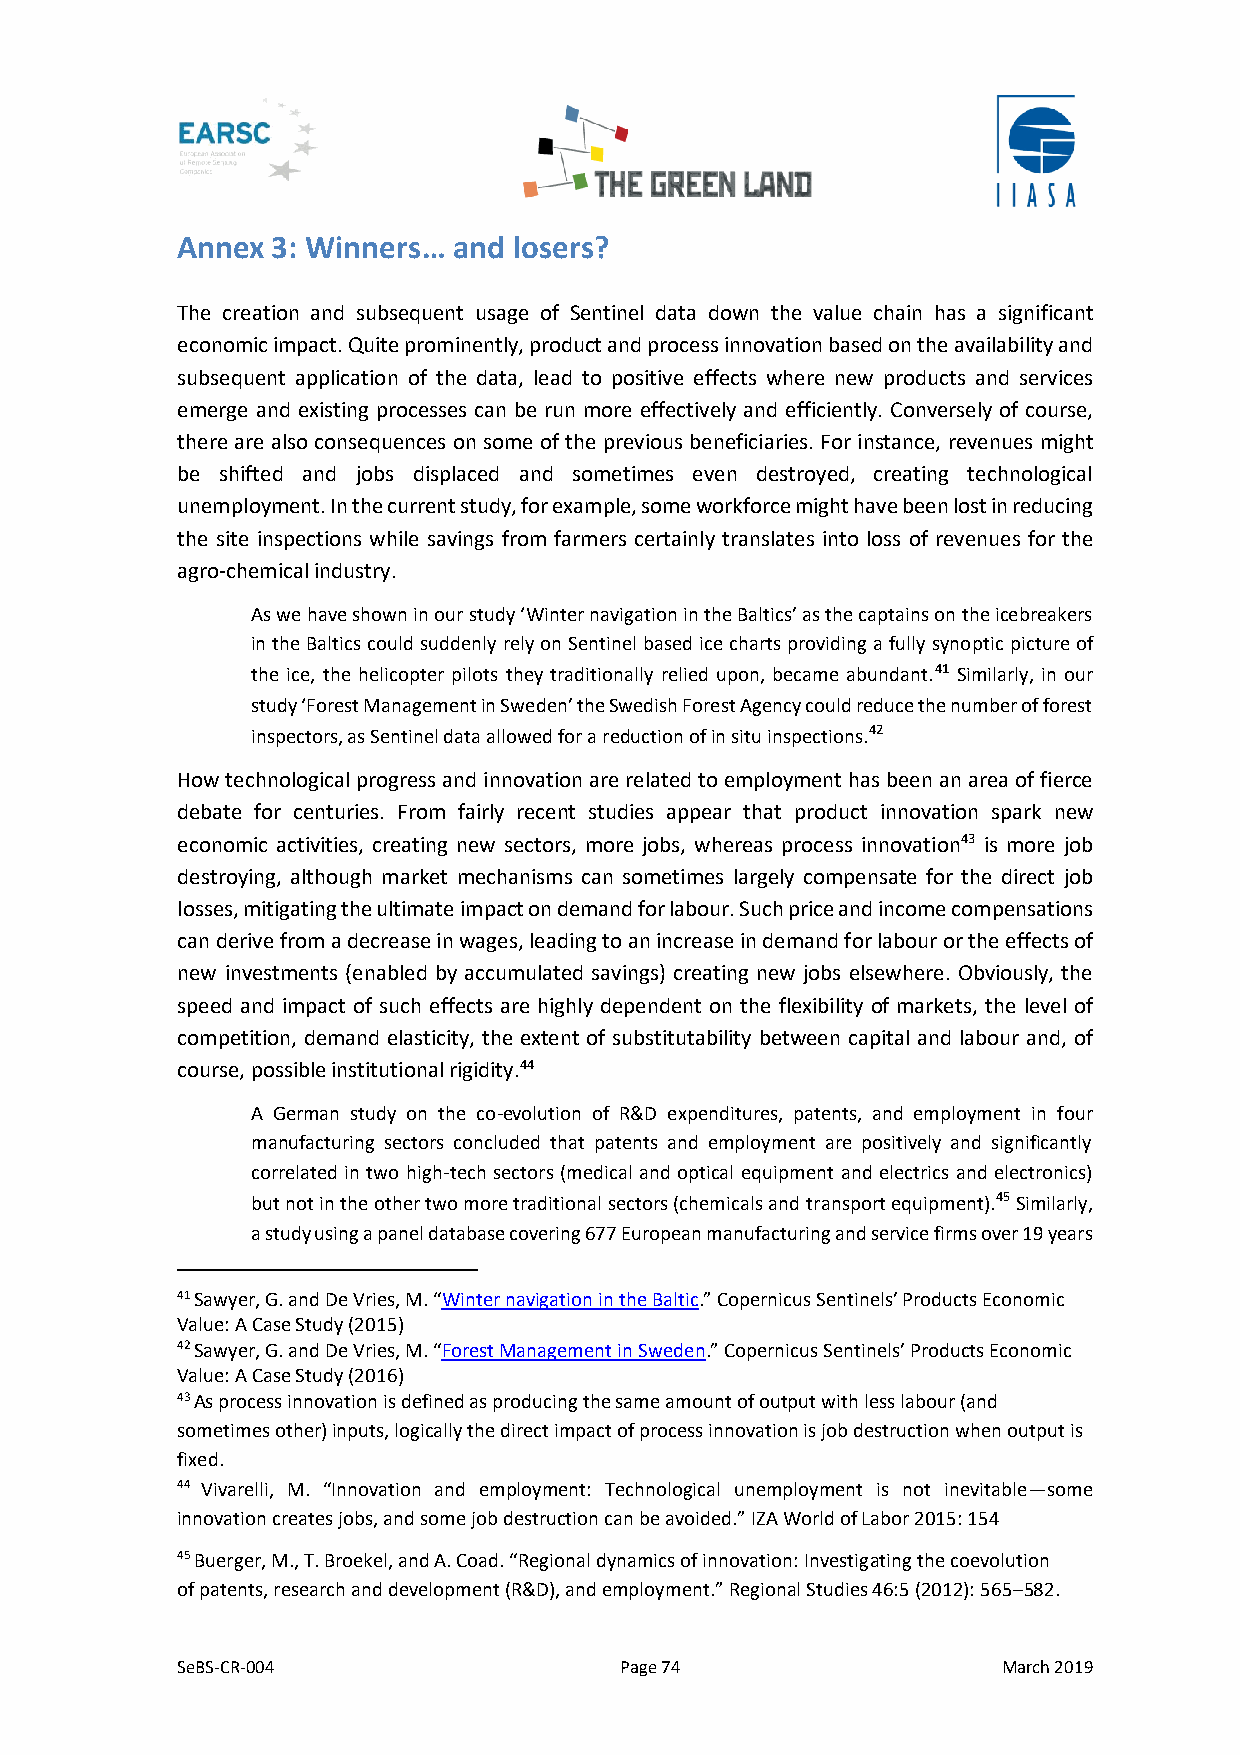
Annex 3: Winners… and losers?
 The creation and subsequent usage of Sentinel data down the value chain has a significant
 economic impact. Quite prominently, product and process innovation based on the availability and
 subsequent application of the data, lead to positive effects where new products and services
 emerge and existing processes can be run more effectively and efficiently. Conversely of course,
 there are also consequences on some of the previous beneficiaries. For instance, revenues might
 be shifted and jobs displaced and sometimes even destroyed, creating technological
 unemployment. In the current study, for example, some workforce might have been lost in reducing
 the site inspections while savings from farmers certainly translates into loss of revenues for the
 agro-chemical industry.
 As we have shown in our study ‘Winter navigation in the Baltics’ as the captains on the icebreakers
 in the Baltics could suddenly rely on Sentinel based ice charts providing a fully synoptic picture of
 the ice, the helicopter pilots they traditionally relied upon, became abundant.41 Similarly, in our
 study ‘Forest Management in Sweden’ the Swedish Forest Agency could reduce the number of forest
 inspectors, as Sentinel data allowed for a reduction of in situ inspections.42
 How technological progress and innovation are related to employment has been an area of fierce
 debate for centuries. From fairly recent studies appear that product innovation spark new
 economic activities, creating new sectors, more jobs, whereas process innovation43 is more job
 destroying, although market mechanisms can sometimes largely compensate for the direct job
 losses, mitigating the ultimate impact on demand for labour. Such price and income compensations
 can derive from a decrease in wages, leading to an increase in demand for labour or the effects of
 new investments (enabled by accumulated savings) creating new jobs elsewhere. Obviously, the
 speed and impact of such effects are highly dependent on the flexibility of markets, the level of
 competition, demand elasticity, the extent of substitutability between capital and labour and, of
 course, possible institutional rigidity.44
 A German study on the co-evolution of R&D expenditures, patents, and employment in four
 manufacturing sectors concluded that patents and employment are positively and significantly
 correlated in two high-tech sectors (medical and optical equipment and electrics and electronics)
 but not in the other two more traditional sectors (chemicals and transport equipment).45 Similarly,
 a study using a panel database covering 677 European manufacturing and service firms over 19 years
 41 Sawyer, G. and De Vries, M. “Winter navigation in the Baltic.” Copernicus Sentinels’ Products Economic
 Value: A Case Study (2015)
 42 Sawyer, G. and De Vries, M. “Forest Management in Sweden.” Copernicus Sentinels’ Products Economic
 Value: A Case Study (2016)
 43 As process innovation is defined as producing the same amount of output with less labour (and
 sometimes other) inputs, logically the direct impact of process innovation is job destruction when output is
 fixed.
 44 Vivarelli, M. “Innovation and employment: Technological unemployment is not inevitable—some
 innovation creates jobs, and some job destruction can be avoided.” IZA World of Labor 2015: 154
 45 Buerger, M., T. Broekel, and A. Coad. “Regional dynamics of innovation: Investigating the coevolution
 of patents, research and development (R&D), and employment.” Regional Studies 46:5 (2012): 565–582.
 SeBS-CR-004                  Page 74                  March 2019